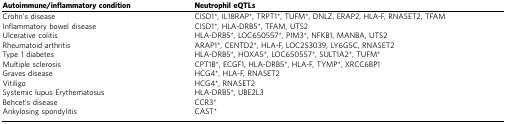
<table><thead><tr><td><b>Autoimmune/inflammatory condition</b></td><td><b>Neutrophil eQTLs</b></td></tr></thead><tbody><tr><td>Crohn&#x27;s disease</td><td>CISD1*, IL18RAP*, TRPT1*, TUFM*, DNLZ, ERAP2, HLA-F, RNASET2, TFAM</td></tr><tr><td>Inflammatory bowel disease</td><td>CISD1*, HLA-DRB5*, TFAM, UTS2</td></tr><tr><td>Ulcerative colitis</td><td>HLA-DRB5*, LOC650557*, PIM3*, NFKB1, MANBA, UTS2</td></tr><tr><td>Rheumatoid arthritis</td><td>ARAP1*, CENTD2*, HLA-F, LOC253039, LY6G5C, RNASET2</td></tr><tr><td>Type 1 diabetes</td><td>HLA-DRB5*, HOXA5*, LOC650557*, SULT1A2*, TUFM*</td></tr><tr><td>Multiple sclerosis</td><td>CPT1B*, ECGF1, HLA-DRB5*, HLA-F, TYMP*, XRCC6BP1</td></tr><tr><td>Graves disease</td><td>HCG4*, HLA-F, RNASET2</td></tr><tr><td>Vitiligo</td><td>HCG4*, RNASET2</td></tr><tr><td>Systemic lupus Erythematosus</td><td>HLA-DRB5*, UBE2L3</td></tr><tr><td>Behcet&#x27;s disease</td><td>CCR3*</td></tr><tr><td>Ankylosing spondylitis</td><td>CAST*</td></tr></tbody></table>